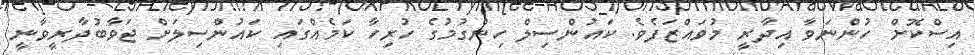
އިސްކޮށް ހުންނަވާ އިދާރީ މުވައްޒަފެވެ. ކައުންސިލް ހިންގުމުގެ ހުރިހާ ކަމެއްގައި ކައުންސިލަށް ޖަވާބުދާރީވާނީ